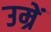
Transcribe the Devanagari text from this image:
उम्रें